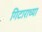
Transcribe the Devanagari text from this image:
गिटाराच्या